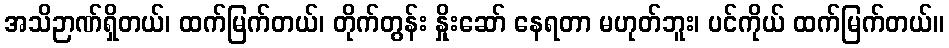
အသိဉာဏ်ရှိတယ်၊ ထက်မြက်တယ်၊ တိုက်တွန်း နှိုးဆော် နေရတာ မဟုတ်ဘူး၊ ပင်ကိုယ် ထက်မြက်တယ်။